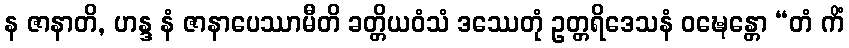
န ဇာနာတိ, ဟန္ဒ နံ ဇာနာပေဿာမီတိ ခတ္တိယဝံသံ ဒဿေတုံ ဥတ္တရိဒေသနံ ဝဍ္ဎေန္တော “တံ ကိံ